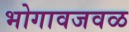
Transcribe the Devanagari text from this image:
भोगावजवळ